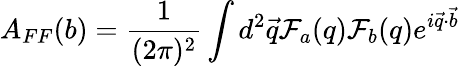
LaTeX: A_{FF}(b)={\frac{1}{(2\pi)^{2}}}\int d^{2}\vec{q}{\cal F}_{a}(q){\cal F}_{b}(q)e^{i\vec{q}\cdot\vec{b}}